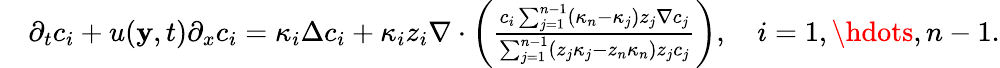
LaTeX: \begin{array}{rl}&{\partial_{t}c_{i}+u(\mathbf{y},t)\partial_{x}c_{i}=\kappa_{i}\Delta c_{i}+\kappa_{i}z_{i}\nabla\cdot\left(\frac{c_{i}\sum_{j=1}^{n-1}(\kappa_{n}-\kappa_{j})z_{j}\nabla c_{j}}{\sum_{j=1}^{n-1}(z_{j}\kappa_{j}-z_{n}\kappa_{n})z_{j}c_{j}}\right),\quad i=1,\hdots,n-1.}\end{array}